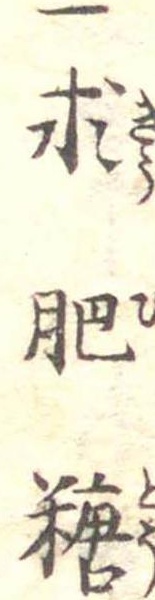
一求肥糖